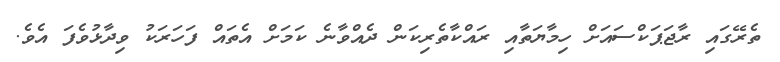
ތެރޭގައި ރާޖަޕަކްސައަށް ހިމާޔަތާއި ރައްކާތެރިކަން ދެއްވާނެ ކަމަށް އެތައް ފަހަރަކު ވިދާޅުވެފަ އެވެ.